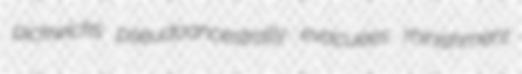
pickwicks pseudoancestrally evacuees minishment